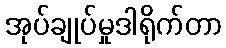
အုပ်ချုပ်မှုဒါရိုက်တာ